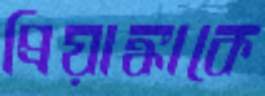
প্রিয়াঙ্কাকে